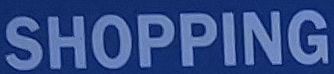
SHOPPING